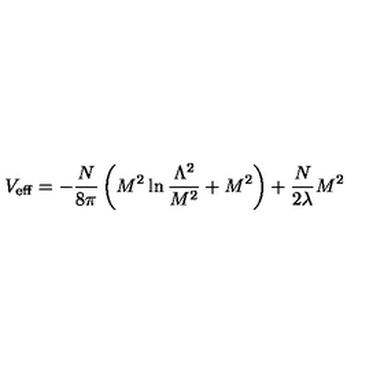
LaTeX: V _ { \mathrm { e f f } } = - \frac { N } { 8 \pi } \left( M ^ { 2 } \ln \frac { \Lambda ^ { 2 } } { M ^ { 2 } } + M ^ { 2 } \right) + \frac { N } { 2 { \lambda } } M ^ { 2 }